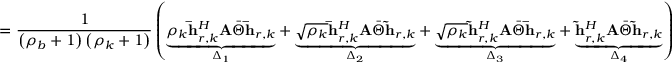
= \frac { 1 } { \left( \rho _ { b } + 1 \right) \left( \rho _ { k } + 1 \right) } \left( \underset { \Delta _ { 1 } } { \underbrace { \rho _ { k } \mathbf { \bar { h } } _ { r , k } ^ { H } \mathbf { A } \bar { \Theta } \mathbf { \bar { h } } _ { r , k } } } + \underset { \Delta _ { 2 } } { \underbrace { \sqrt { \rho _ { k } } \mathbf { \bar { h } } _ { r , k } ^ { H } \mathbf { A } \bar { \Theta } \mathbf { \tilde { h } } _ { r , k } } } + \underset { \Delta _ { 3 } } { \underbrace { \sqrt { \rho _ { k } } \mathbf { \tilde { h } } _ { r , k } ^ { H } \mathbf { A } \bar { \Theta } \mathbf { \bar { h } } _ { r , k } } } + \underset { \Delta _ { 4 } } { \underbrace { \mathbf { \tilde { h } } _ { r , k } ^ { H } \mathbf { A } \bar { \Theta } \mathbf { \tilde { h } } _ { r , k } } } \right)